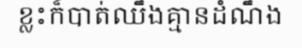
ខ្លះក៏បាត់ឈឹងគ្មានដំណឹង